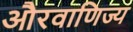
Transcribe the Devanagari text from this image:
औरवाणिज्य